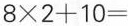
$$8 \times 2 + 1 0 =$$